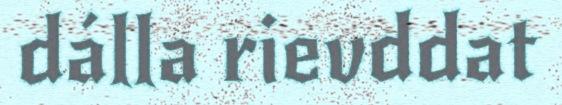
dálla rievddat